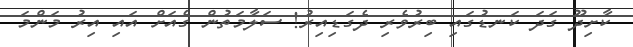
ކާށިދޫ ގަދަ ކަނޑުގައި ބިރުވެރި ދެގަޑިއިރު! ސަލާމަތުން ގެއަށް އައި އިރު މަންމަ